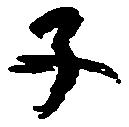
子